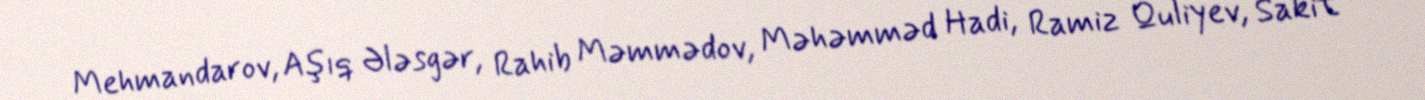
Mehmandarov, Aşıq Ələsgər, Rahib Məmmədov, Məhəmməd Hadi, Ramiz Quliyev, Sakit